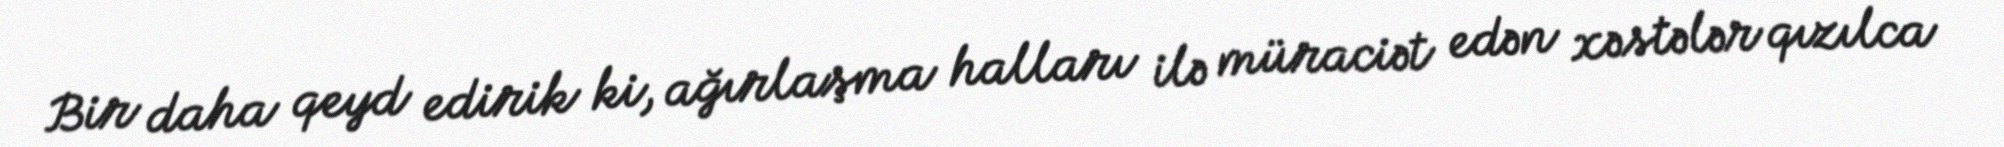
Bir daha qeyd edirik ki, ağırlaşma halları ilə müraciət edən xəstələr qızılca